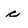
Character: c